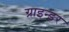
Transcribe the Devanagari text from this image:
ग्राइन्डर